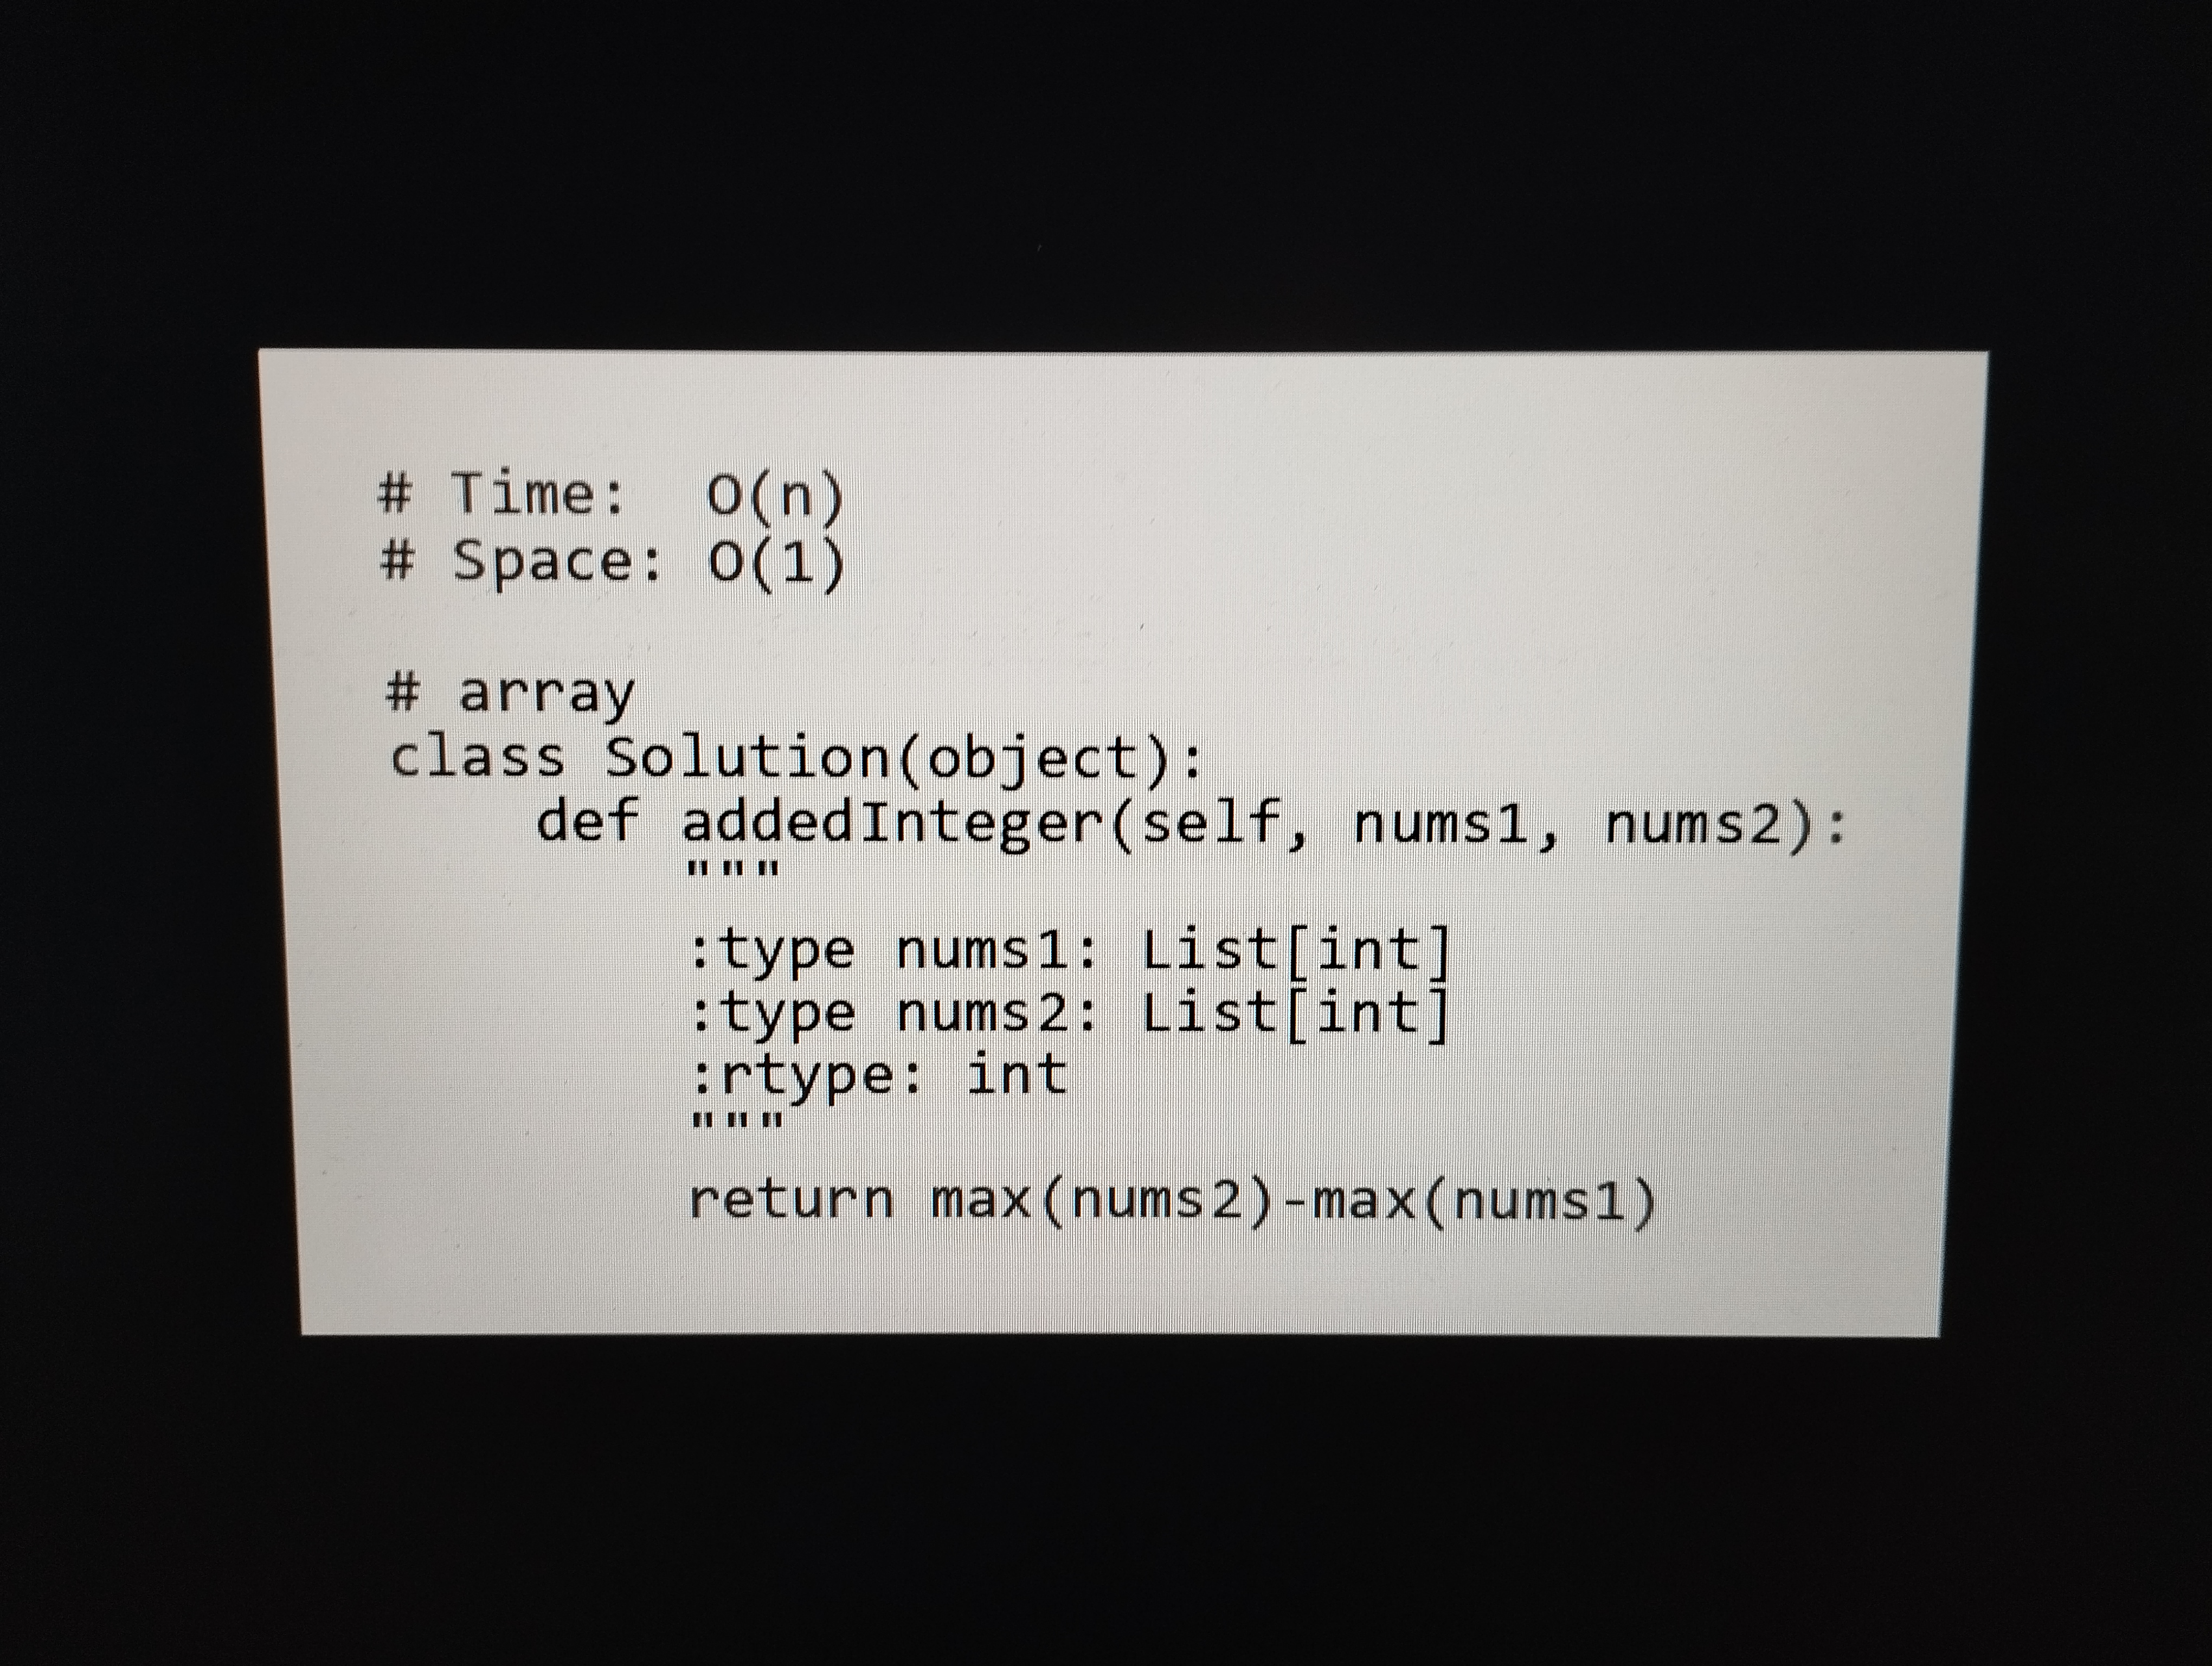
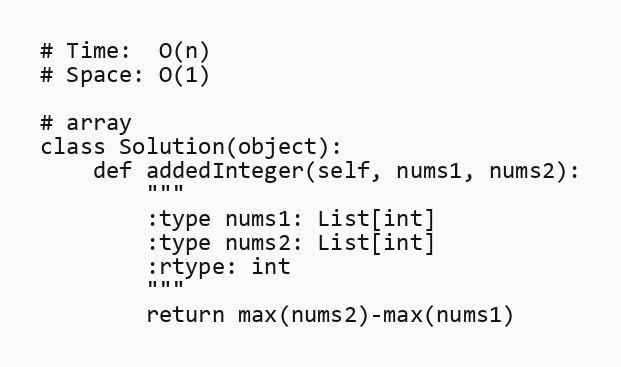
# Time:  O(n)
# Space: O(1)

# array
class Solution(object):
    def addedInteger(self, nums1, nums2):
        """
        :type nums1: List[int]
        :type nums2: List[int]
        :rtype: int
        """
        return max(nums2)-max(nums1)